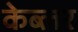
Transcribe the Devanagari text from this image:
केब्लर